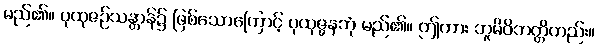
မည်၏။ ပုထုဇဉ်သန္တာန်၌ ဖြစ်သောကြောင့် ပုထုဇ္ဇနဘုံ မည်၏။ ဤကား ဘူမိဝိဘတ္တိတည်း။